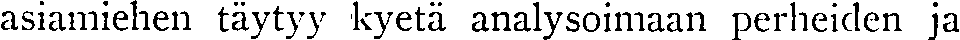
asiamiehen täytyy kyetä analysoimaan perheiden ja